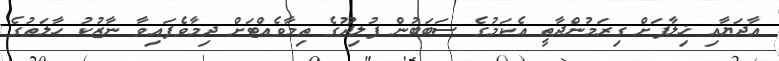
އާދަޔާއި ޚިލާފަށް ގިރަމުންދާތީ އެކަމުގެ ސަބަބުން ފުލިދޫގެ ތިމާވެއްޓަށް ދިމާވެފައިވާ ނާޒުކު ހާލަތުގެ